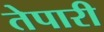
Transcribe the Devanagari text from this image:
तेपारी